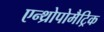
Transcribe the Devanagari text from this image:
एन्थ्रोपोमैट्रिक